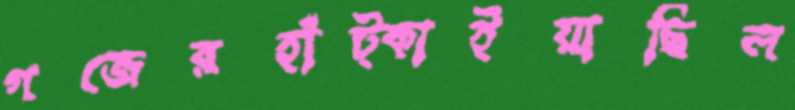
গজেরহাঁট্‌কাইয়াছিল